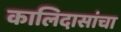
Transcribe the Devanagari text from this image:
कालिदासांचा